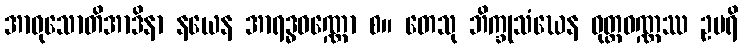
အာဝုသောတိအာဒိနာ နယေန အာရဒ္ဓဝဏ္ဏော စ။ တေသု ဘိက္ခုသံဃေန ဝုတ္တဝဏ္ဏဿ ဥပရိ